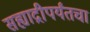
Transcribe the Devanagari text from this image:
सह्याद्रीपर्यंतचा